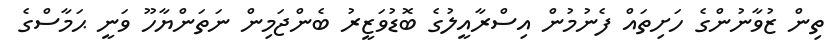
ތިން ޒުވާނުންގެ ހަށިތައް ފެނުމުން އިސްރާއީލުގެ ބޮޑުވަޒީރު ބެންޖަމިން ނަތަންޔާހޫ ވަނީ ޙަމާސްގެ